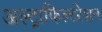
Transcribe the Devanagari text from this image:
अल्ट्राफिल्टरेशन